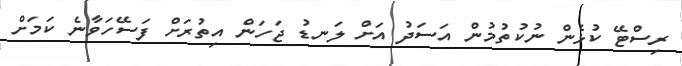
ރިސްޓޭ ކުޅެން ނުކުތުމުން އަސަދު އަށް ލަނޑު ޖަހަން އިތުރަށް ފަސޭހަވާނެ ކަމަށް